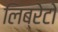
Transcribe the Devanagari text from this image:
लिब्रेटो